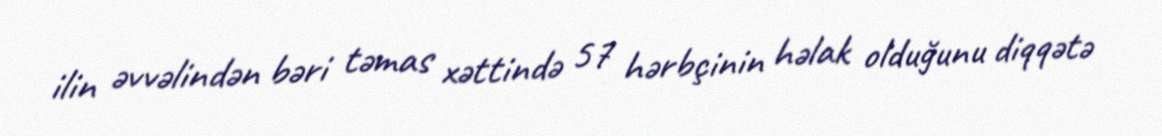
ilin əvvəlindən bəri təmas xəttində 57 hərbçinin həlak olduğunu diqqətə